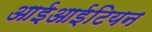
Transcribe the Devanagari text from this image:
आईआईटियन